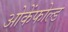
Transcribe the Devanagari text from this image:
ओकेंफोल्ड